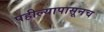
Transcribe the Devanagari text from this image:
पहील्यापासूनच